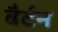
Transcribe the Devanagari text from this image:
बैर्टन